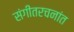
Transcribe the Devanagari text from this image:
संगीतरचनांत